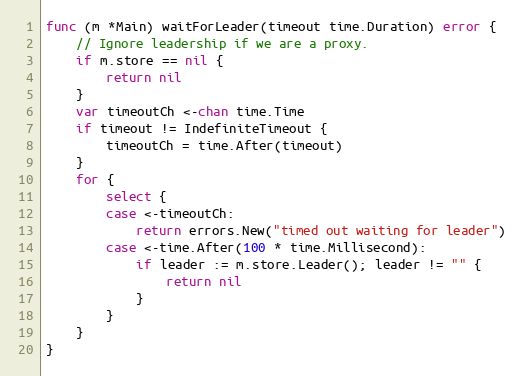
Language: Go
func (m *Main) waitForLeader(timeout time.Duration) error {
	// Ignore leadership if we are a proxy.
	if m.store == nil {
		return nil
	}
	var timeoutCh <-chan time.Time
	if timeout != IndefiniteTimeout {
		timeoutCh = time.After(timeout)
	}
	for {
		select {
		case <-timeoutCh:
			return errors.New("timed out waiting for leader")
		case <-time.After(100 * time.Millisecond):
			if leader := m.store.Leader(); leader != "" {
				return nil
			}
		}
	}
}